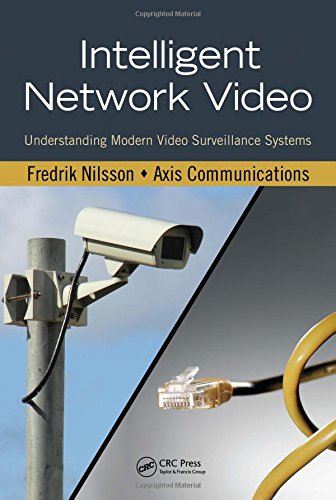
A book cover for Intelligent Network Video: Understanding Modern Video Surveillance Systems; Fredrik Nilsson; Business & Money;